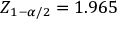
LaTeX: Z _ { 1 - \alpha / 2 } = 1 . 9 6 5